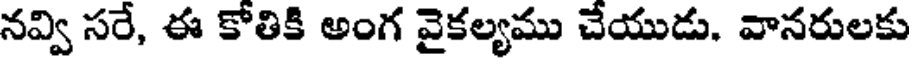
నవ్వి సరే, ఈ కోతికి అంగ వైకల్యము చేయుడు. వానరులకు